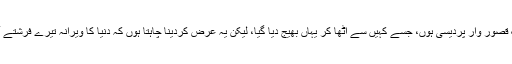
-4میں بے شک قصور وار پردیسی ہوں، جسے کہیں سے اٹھا کر یہاں بھیج دیا گیا، لیکن یہ عرض کردینا چاہتا ہوں کہ دنیا کا ویرانہ تیرے فرشتے آباد نہ کرسکے۔